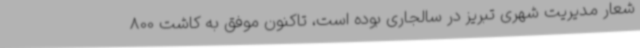
شعار مدیریت شهری تبریز در سالجاری بوده است، تاکنون موفق به کاشت 800